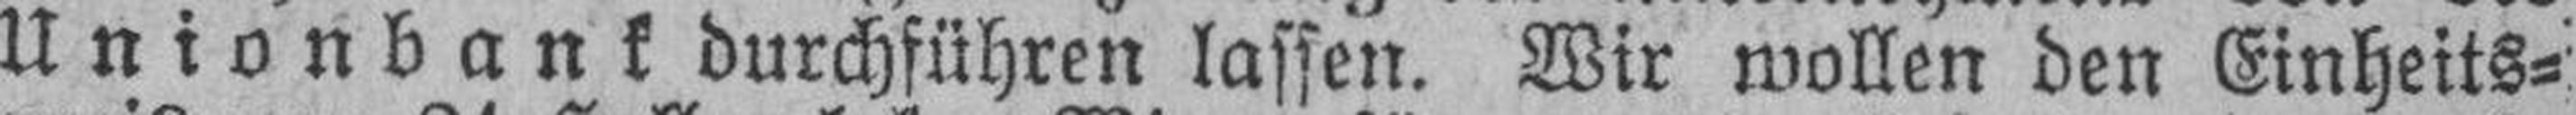
Unionbank durchführen lassen. Wir wollen den Einheits¬